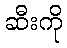
ဆီးကို